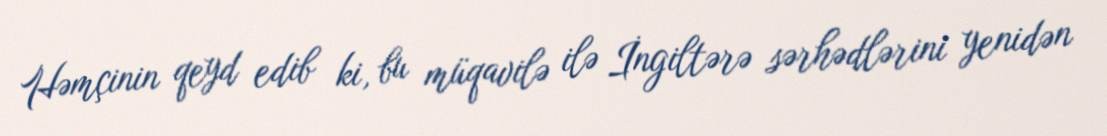
Həmçinin qeyd edib ki, bu müqavilə ilə İngiltərə sərhədlərini yenidən